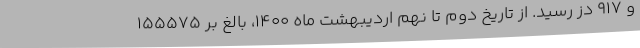
و ۹۱۷ دُز رسید. از تاریخ دوم تا نهم اردیبهشت ماه ۱۴۰۰، بالغ بر ۱۵۵۵۷۵